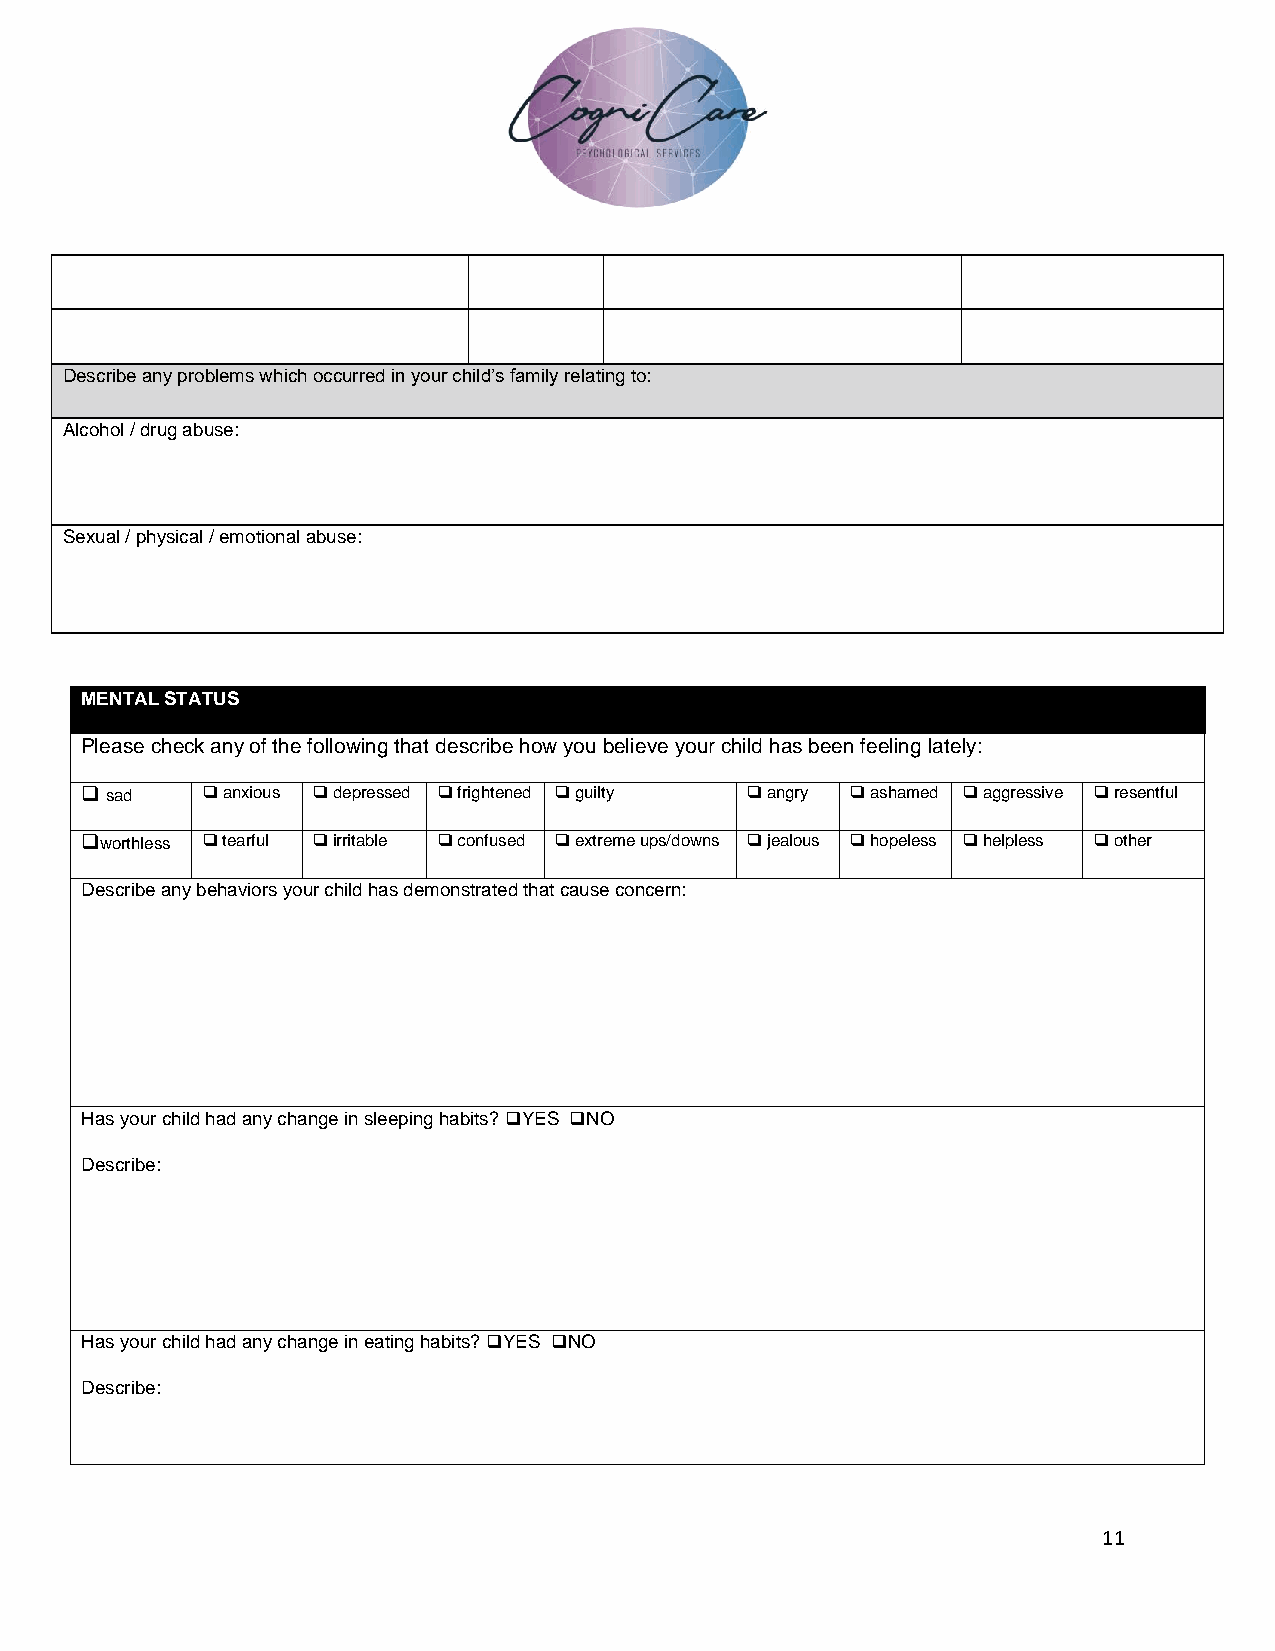
Describe any problems which occurred in your child’s family relating to:
 Alcohol / drug abuse:
 Sexual / physical / emotional abuse:
 MENTAL STATUS
 Please check any of the following that describe how you believe your child has been feeling lately:
 ❑ sad   ❑ anxious ❑ depressed ❑ frightened ❑ guilty ❑ angry ❑ ashamed ❑ aggressive ❑ resentful
 ❑worthless ❑ tearful ❑ irritable ❑ confused ❑ extreme ups/downs ❑ jealous ❑ hopeless ❑ helpless ❑ other
 Describe any behaviors your child has demonstrated that cause concern:
 Has your child had any change in sleeping habits? ❑YES ❑NO
 Describe:
 Has your child had any change in eating habits? ❑YES ❑NO
 Describe:
 11